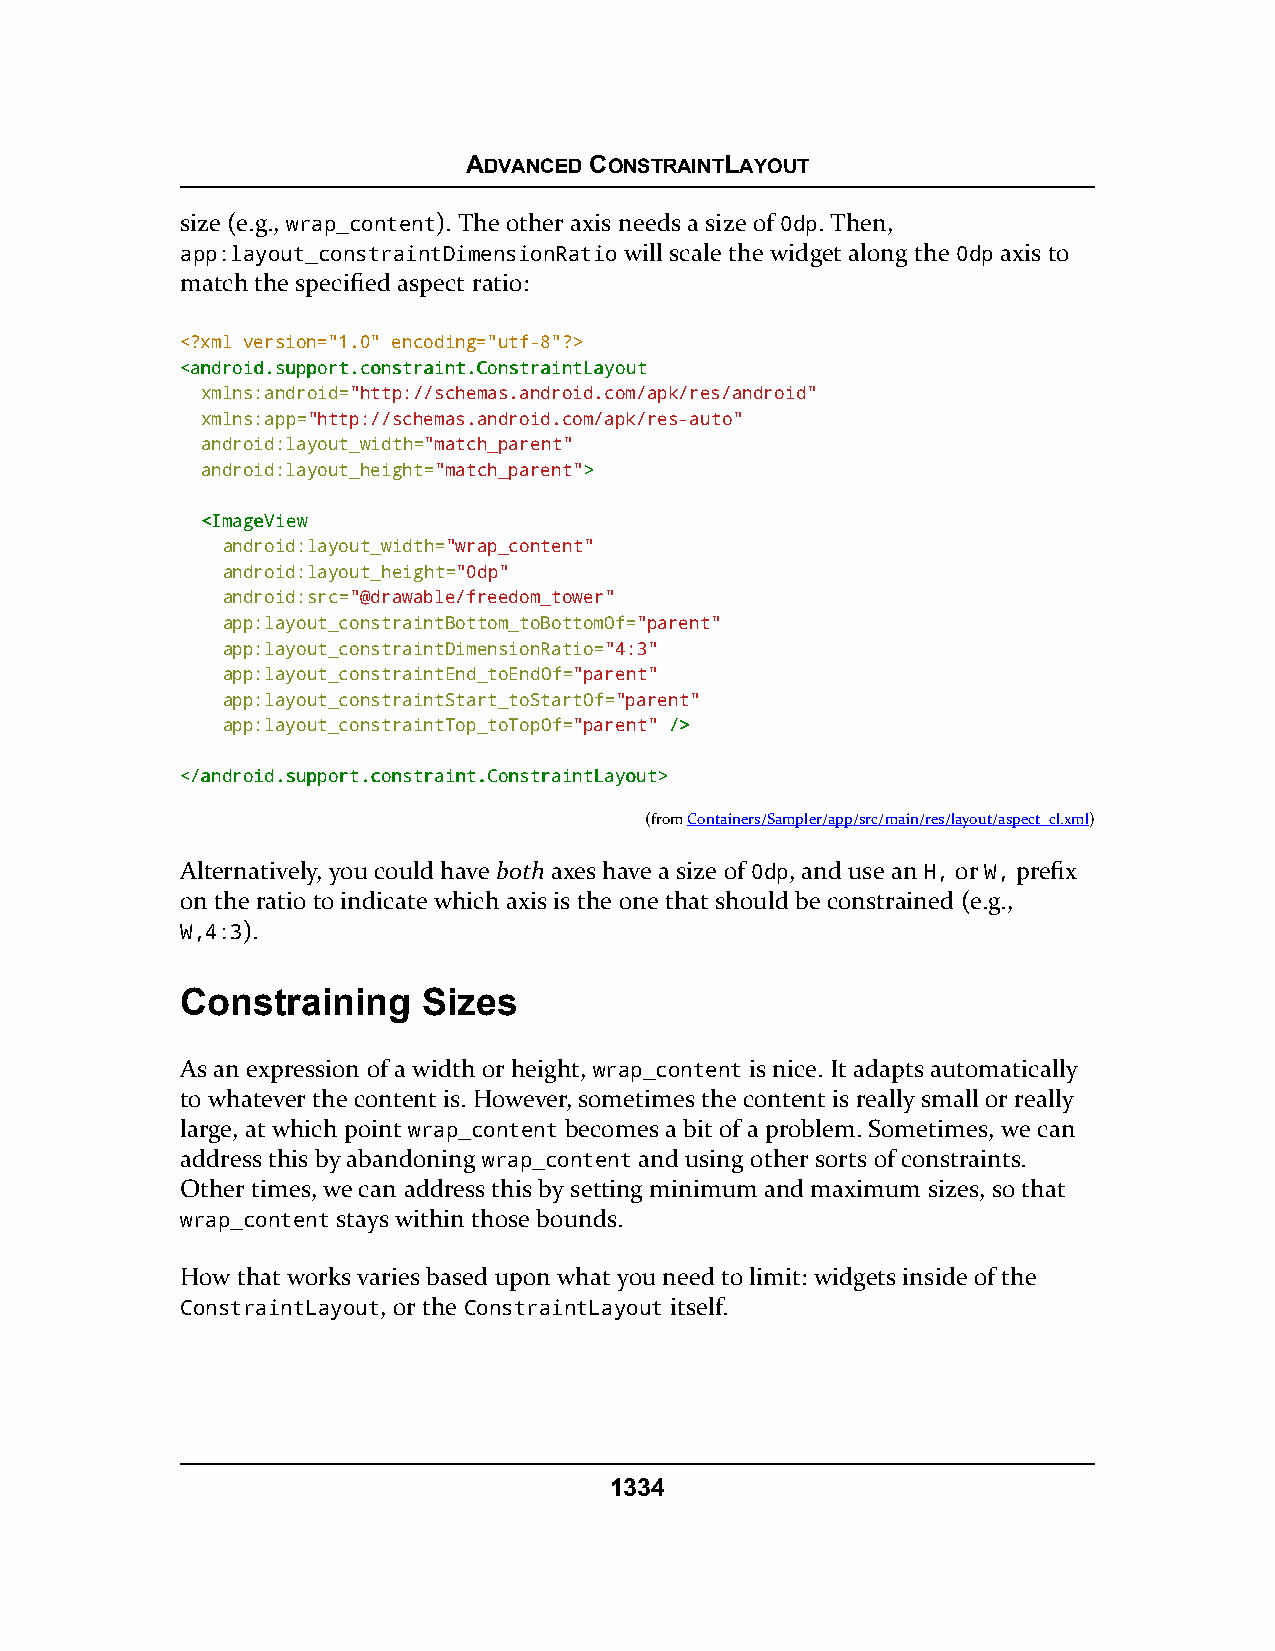
ADVANCED CONSTRAINTLAYOUT
 size (e.g., wrap_content). The other axis needs a size of 0dp. Then,
 app:layout_constraintDimensionRatio will scale the widget along the 0dp axis to
 match the specified aspect ratio:
 <?xml version="1.0" encoding="utf-8"?>
 <<aannddrrooiidd..ssuuppppoorrtt..ccoonnssttrraaiinntt..CCoonnssttrraaiinnttLLaayyoouutt
 xmlns:android="http://schemas.android.com/apk/res/android"
 xmlns:app="http://schemas.android.com/apk/res-auto"
 android:layout_width="match_parent"
 android:layout_height="match_parent">>
 <<IImmaaggeeVViieeww
 android:layout_width="wrap_content"
 android:layout_height="0dp"
 android:src="@drawable/freedom_tower"
 app:layout_constraintBottom_toBottomOf="parent"
 app:layout_constraintDimensionRatio="4:3"
 app:layout_constraintEnd_toEndOf="parent"
 app:layout_constraintStart_toStartOf="parent"
 app:layout_constraintTop_toTopOf="parent" //>>
 <<//aannddrrooiidd..ssuuppppoorrtt..ccoonnssttrraaiinntt..CCoonnssttrraaiinnttLLaayyoouutt>>
 (fromContainers/Sampler/app/src/main/res/layout/aspect_cl.xml)
 Alternatively, you could have both axes have a size of 0dp, and use an H, or W, prefix
 on the ratio to indicate which axis is the one that should be constrained (e.g.,
 W,4:3).
 Constraining    Sizes
 As an expression of a width or height, wrap_content is nice. It adapts automatically
 to whatever the content is. However, sometimes the content is really small or really
 large, at which point wrap_content becomes a bit of a problem. Sometimes, we can
 address this by abandoning wrap_content and using other sorts of constraints.
 Other times, we can address this by setting minimum and maximum sizes, so that
 wrap_content stays within those bounds.
 How that works varies based upon what you need to limit: widgets inside of the
 ConstraintLayout, or the ConstraintLayout itself.
 1334